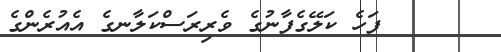
١٣      ފަހެ ކަލޭގެފާނުގެ ވެރިރަސްކަލާނގެ އެއުރެންގެ